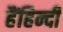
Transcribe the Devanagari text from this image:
हैंहिन्दी